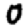
Digit: 0